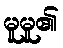
မူမူ၏